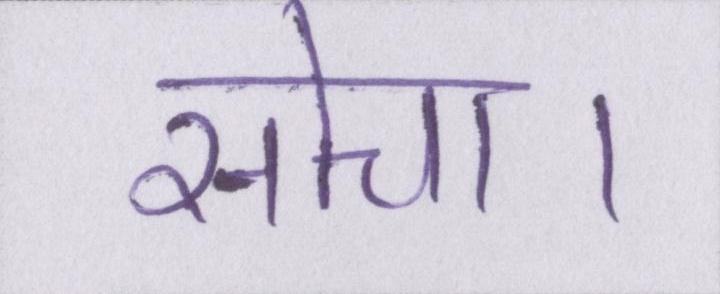
सोचा।